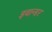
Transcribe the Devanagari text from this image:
इवान्डर